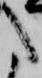
た